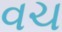
વચ